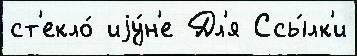
ст'екло́ иjу́н'е Дл'я Ссы́лк'и